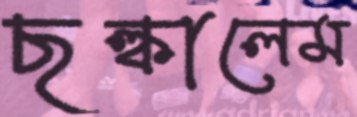
ছল্‌কালেম